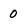
Character: 0